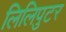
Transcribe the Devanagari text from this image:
लिलिपुटर